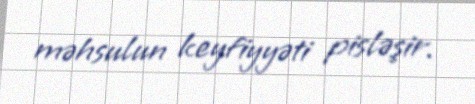
məhsulun keyfiyyəti pisləşir.